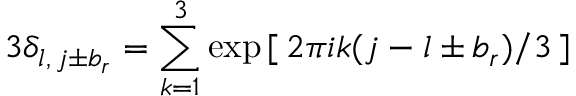
3 \delta _ { l , \, j \pm b _ { r } } = \sum _ { k = 1 } ^ { 3 } \exp \, [ \, 2 \pi i k ( j - l \pm b _ { r } ) / 3 \, ]